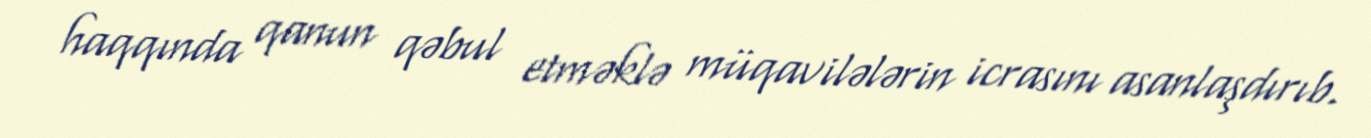
haqqında qanun qəbul etməklə müqavilələrin icrasını asanlaşdırıb.